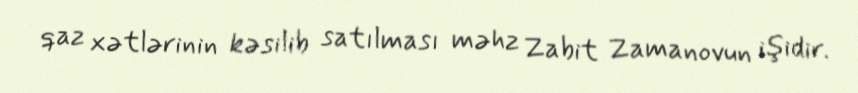
qaz xətlərinin kəsilib satılması məhz Zabit Zamanovun işidir.